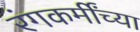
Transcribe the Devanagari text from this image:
रंगकर्मींच्या